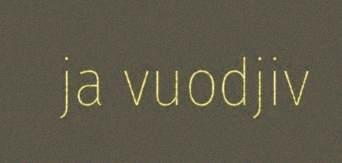
ja vuodjiv